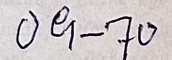
09 - 70